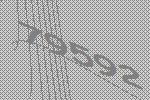
79592